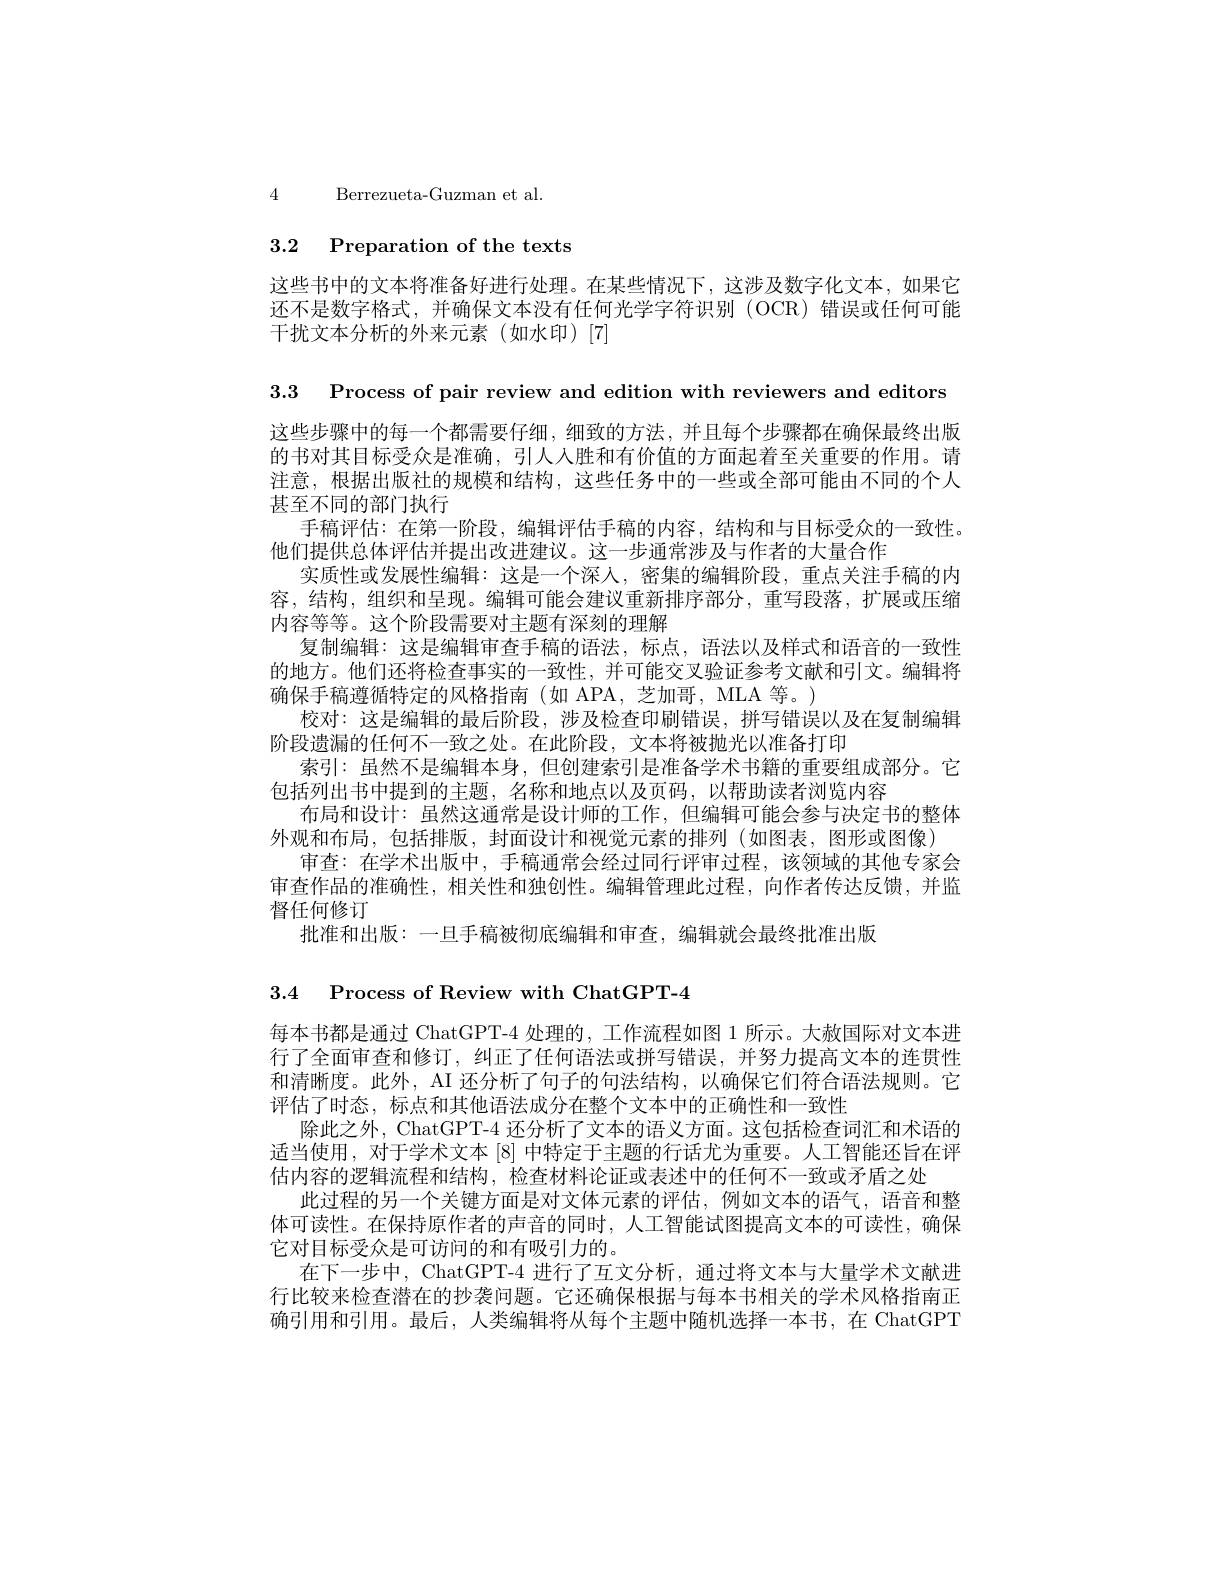
4 Berrezueta-Guzman et al.

# $_{3.2\:\text{Preparation of the texts}}$

这些书中的文本将准备好进行处理。在某些情况下，这涉及数字化文本，如果它还不是数字格式，并确保文本没有任何光学字符识别(OCR)错误或任何可能干扰文本分析的外来元素(如水印)[7]

3.3 Process of pair review and edition with reviewers and editors 这些步骤中的每一个都需要仔细，细致的方法，并且每个步骤都在确保最终出版的书对其目标受众是准确，引人人胜和有价值的方面起着至关重要的作用。请注意，根据出版社的规模和结构，这些任务中的一些或全部可能由不同的个人甚至不同的部门执行
手稿评估：在第一阶段，编辑评估手稿的内容，结构和与目标受众的一致性。
他们提供总体评估并提出改进建议。这一步通常涉及与作者的大量合作
实质性或发展性编辑：这是一个深人，密集的编辑阶段，重点关注手稿的内容，结构，组织和呈现。编辑可能会建议重新排序部分，重写段落，扩展或压缩内容等等。这个阶段需要对主题有深刻的理解
复制编辑：这是编辑审查手稿的语法，标点，语法以及样式和语音的一致性的地方。他们还将检查事实的一致性，并可能交叉验证参考文献和引文。编辑将确保手稿遵循特定的风格指南(如 APA,芝加哥，MLA 等。)
校对：这是编辑的最后阶段，涉及检查印刷错误，拼写错误以及在复制编辑
阶段遗漏的任何不一致之处。在此阶段，文本将被抛光以准备打印
索引：虽然不是编辑本身，但创建索引是准备学术书籍的重要组成部分。它
包括列出书中提到的主题，名称和地点以及页码，以帮助读者浏览内容
布局和设计：虽然这通常是设计师的工作，但编辑可能会参与决定书的整体
外观和布局，包括排版，封面设计和视觉元素的排列(如图表，图形或图像)
审查：在学术出版中，手稿通常会经过同行评审过程，该领域的其他专家会审查作品的准确性，相关性和独创性。编辑管理此过程，向作者传达反馈，并监督任何修订
批准和出版：一旦手稿被彻底编辑和审查，编辑就会最终批准出版

3.4 Process of Review with ChatGPT-4

每本书都是通过 ChatGPT-4 处理的，工作流程如图 1 所示。大赦国际对文本进行了全面审查和修订，纠正了任何语法或拼写错误，并努力提高文本的连贯性和清晰度。此外，AI 还分析了句子的句法结构，以确保它们符合语法规则。它评估了时态，标点和其他语法成分在整个文本中的正确性和一致性
除此之外，ChatGPT-4 还分析了文本的语义方面。这包括检查词汇和术语的适当使用，对于学术文本[8] 中特定于主题的行话尤为重要。人工智能还旨在评估内容的逻辑流程和结构，检查材料论证或表述中的任何不一致或矛盾之处
此过程的另一个关键方面是对文体元素的评估，例如文本的语气，语音和整体可读性。在保持原作者的声音的同时，人工智能试图提高文本的可读性，确保它对目标受众是可访问的和有吸引力的。
在下一步中，ChatGPT-4 进行了互文分析，通过将文本与大量学术文献进行比较来检查潜在的抄袭问题。它还确保根据与每本书相关的学术风格指南正确引用和引用。最后，人类编辑将从每个主题中随机选择一本书，在 ChatGPT